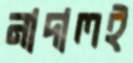
নাদালই